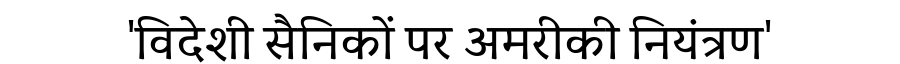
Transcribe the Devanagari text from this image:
'विदेशी सैनिकों पर अमरीकी नियंत्रण'